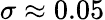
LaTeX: \sigma\approx 0.05